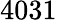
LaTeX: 4031